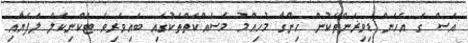
އެސް ގެ އެހެން ޑިވިޜަންތަކުން ހިންގާ މުހިއްމު މަސައްކަތްތަކުގައި ބައިވެރިވެ ޓެކްނިކަލް ލަފަޔާއި